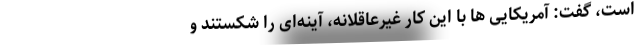
است، گفت: آمریکایی ها با این کار غیرعاقلانه، آینه‌ای را شکستند و